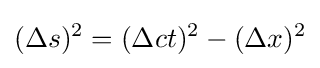
(\Delta s)^{2}=(\Delta ct)^{2}-(\Delta x)^{2}